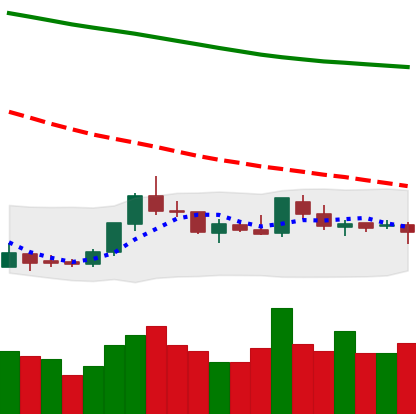
Ticker: LTC-USD
Chart end date: 2018-07-30
Forward return: -11.649%
Label: down_7plus